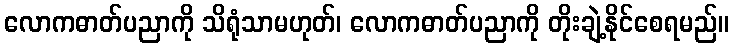
လောကဓာတ်ပညာကို သိရုံသာမဟုတ်၊ လောကဓာတ်ပညာကို တိုးချဲ့နိုင်စေရမည်။